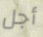
أجل